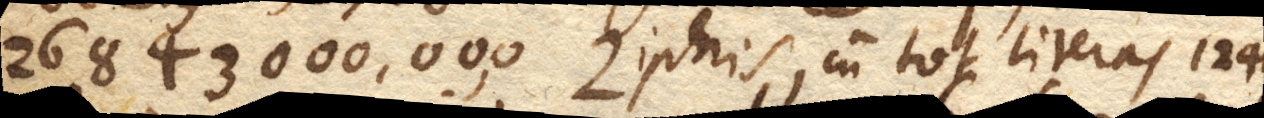
26843000,00,0 Ziphris, cum tot literas 1242